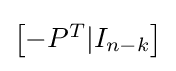
{\begin{bmatrix}-P^{T}|I_{n-k}\end{bmatrix}}